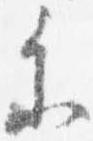
参